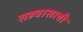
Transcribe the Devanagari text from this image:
सहवासाची